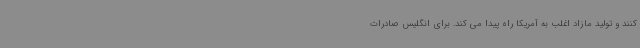
کنند و تولید مازاد اغلب به آمریکا راه پیدا می کند. برای انگلیس صادرات